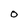
Character: 0